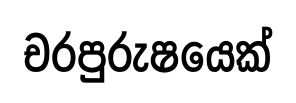
චරපුරුෂයෙක්